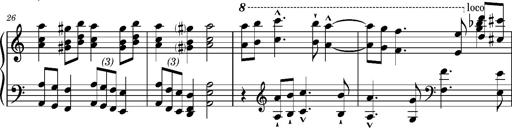
Title: RÃ¡kÃ³czi-Marsch, S.692d
Composer: Franz Liszt
Key: A minor